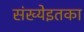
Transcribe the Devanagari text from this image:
संख्येइतका